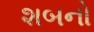
શબનો